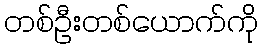
တစ်ဦးတစ်ယောက်ကို